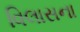
વિલાસના